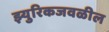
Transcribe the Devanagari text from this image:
झ्युरिकजवळील